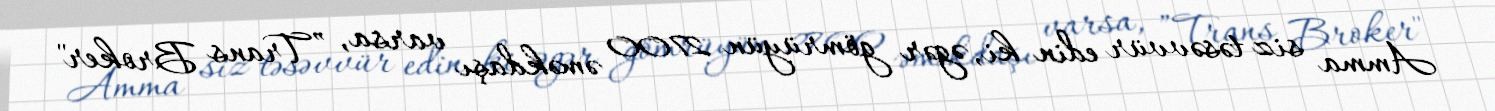
Amma siz təsəvvür edin ki, əgər gömrüyün 2700 əməkdaşı varsa, ”Trans Broker"